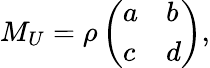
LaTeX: M_{U}=\rho\left(\begin{array}{ll}{{a}}&{{b}}\\ {{c}}&{{d}}\end{array}\right),